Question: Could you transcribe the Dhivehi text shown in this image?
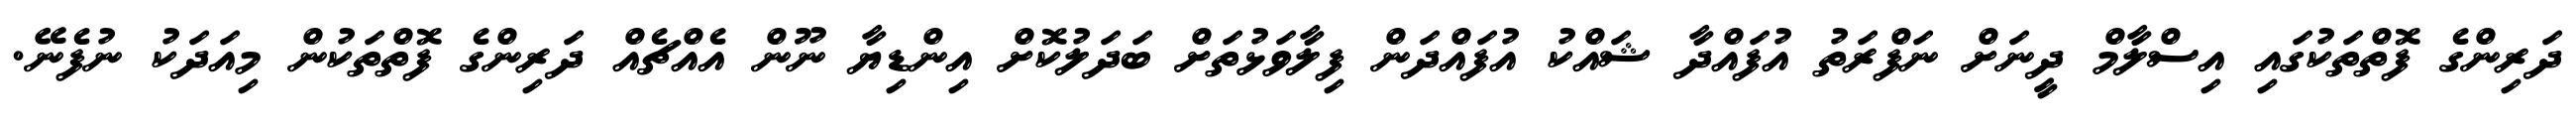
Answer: ދަރިންގެ ފޮތްތަކުގައި އިސްލާމް ދީނަށް ނަފްރަތު އުފައްދާ ޝައްކު އުފައްދަން ފިލާވަޅުތަށް ބަދަލުކޮށް އިންޑިޔާ ނޫން އެއްޗެއް ދަރިންގެ ފޮތްތަކުން މިއަދަކު ނުފެނޭ.